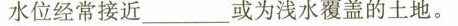
水位经常接近___或为浅水覆盖的土地。